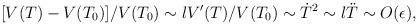
LaTeX: \begin{align*}[V(T)-V(T_0)]/V(T_0) \sim lV'(T)/V(T_0) \sim \dot{T}^2 \sim l\ddot{T} \sim O(\epsilon),\end{align*}